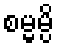
စမ္မမ္ပိ